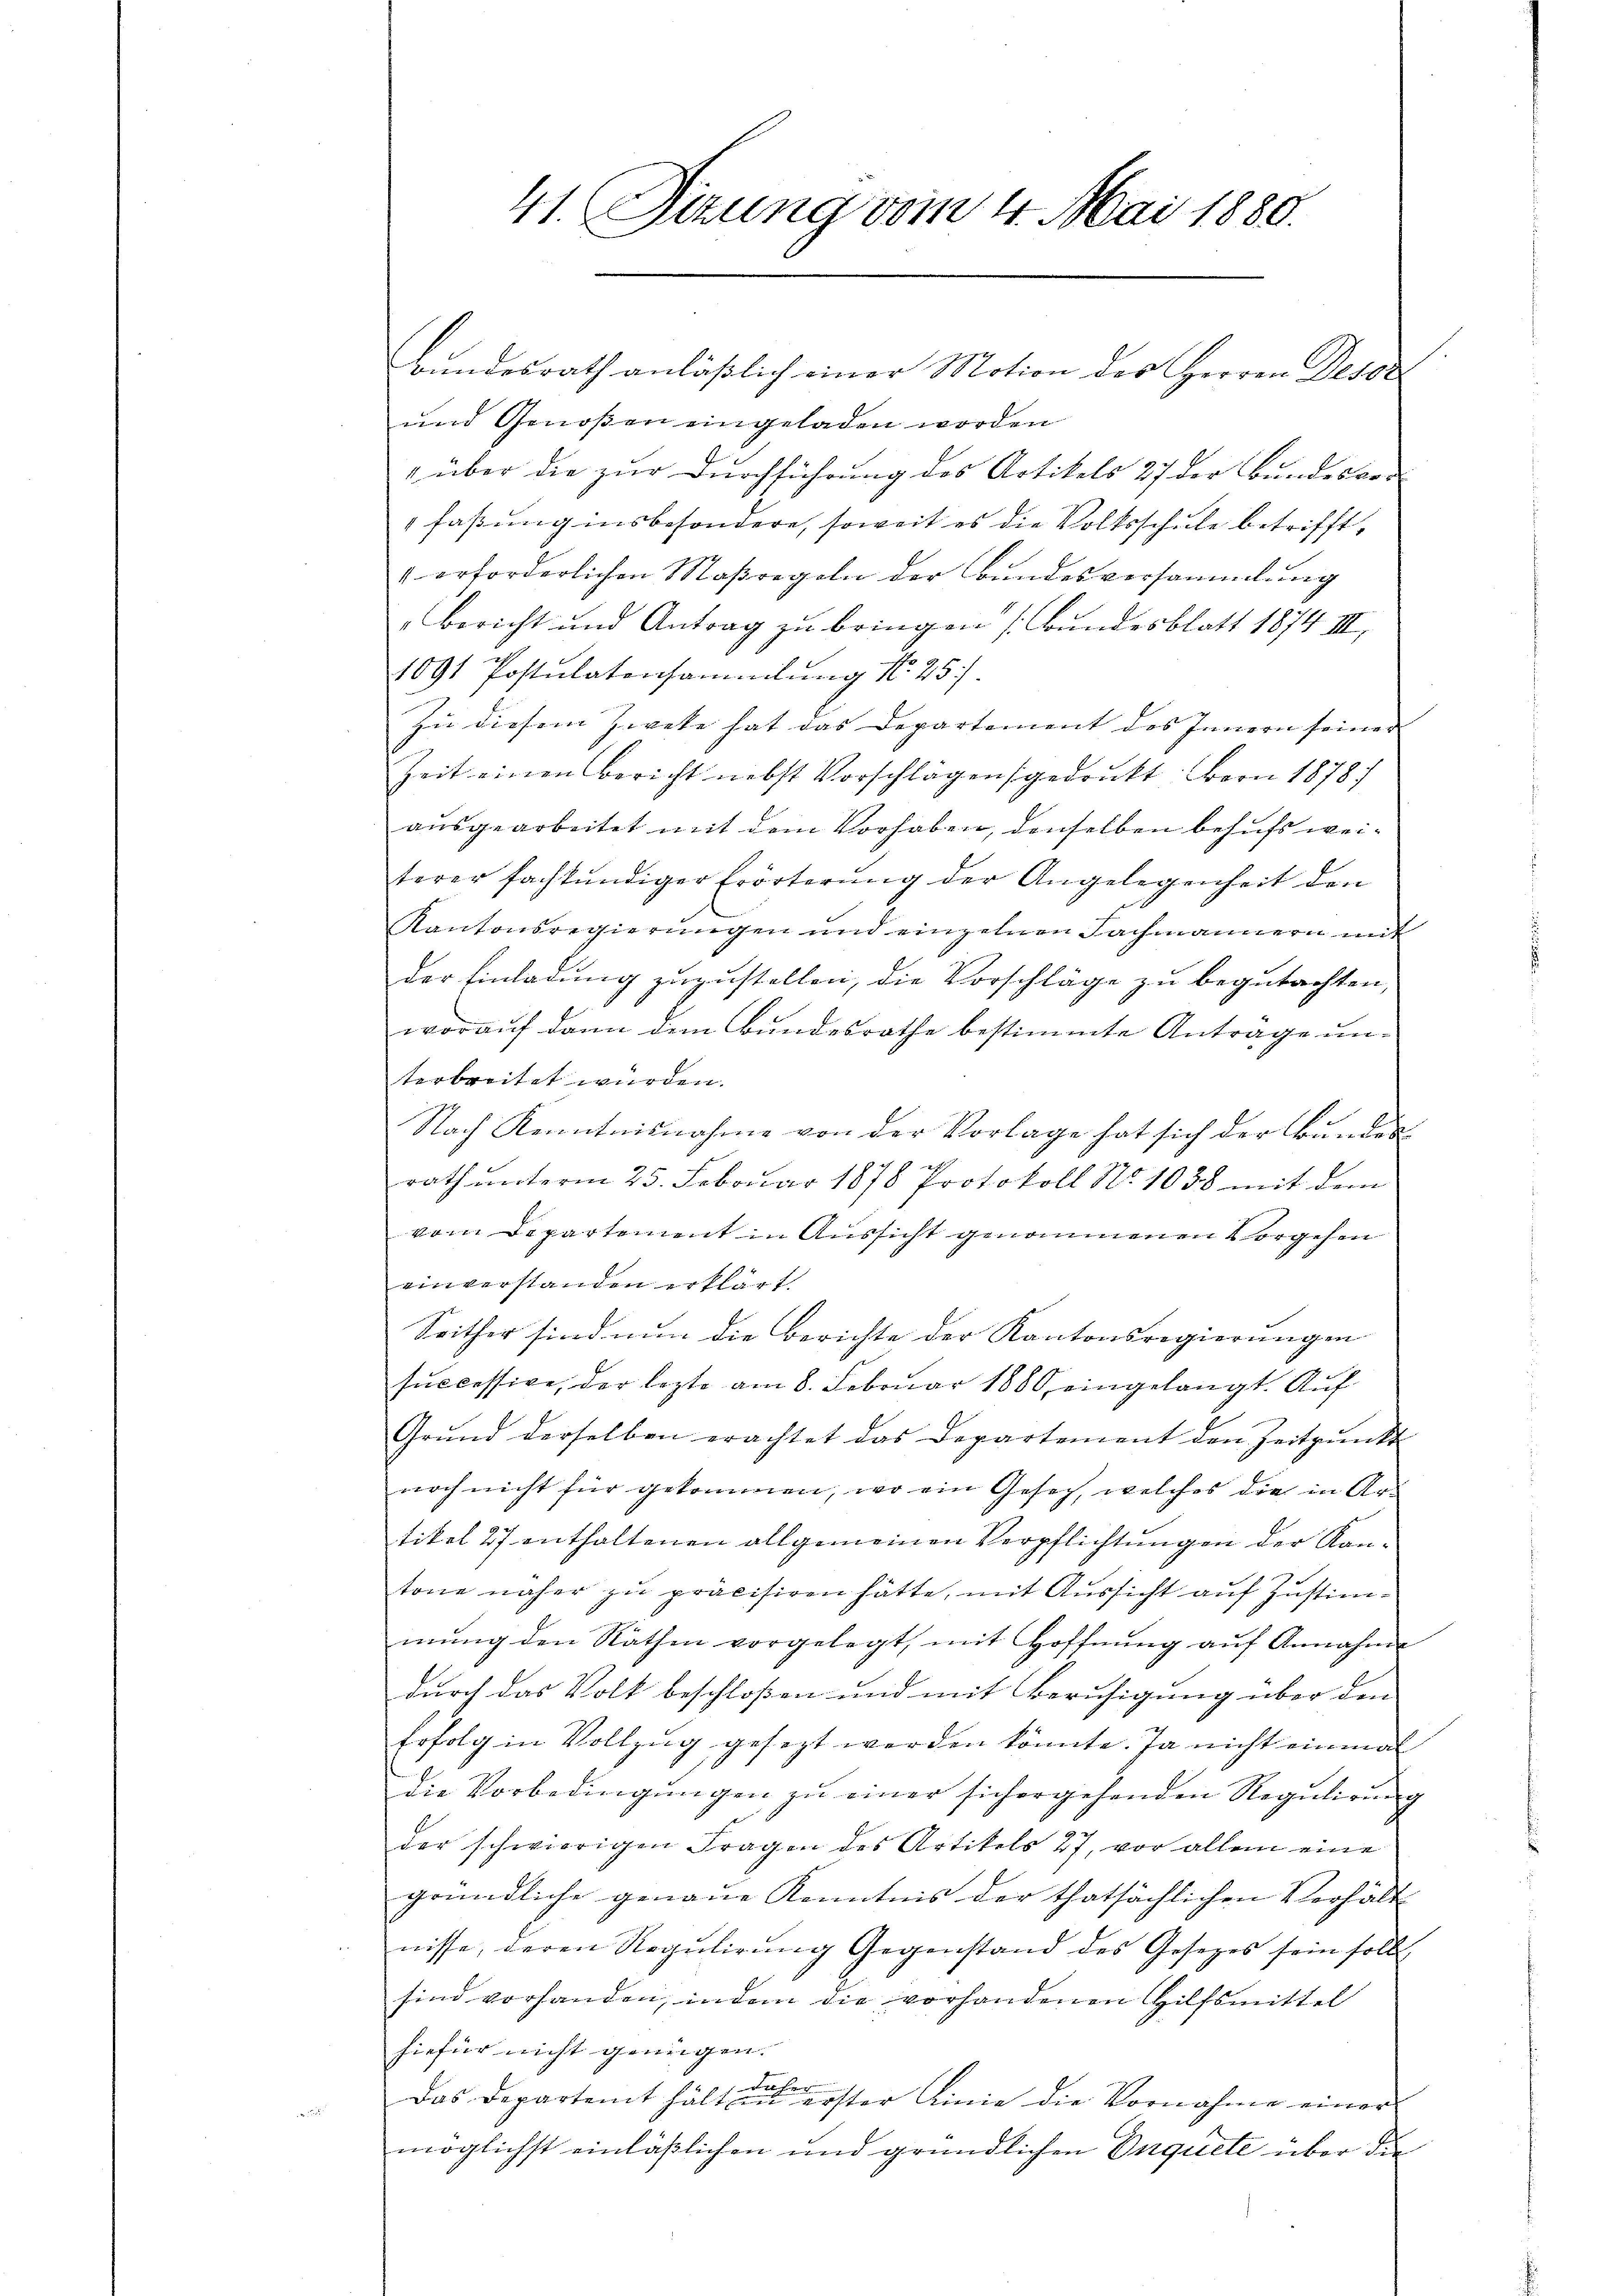
Bundesrath anläßlich einer Motion des Herren Deser
und Genoßen eingeladen worden
" über die zur Durchführung des Artikels 27 der Bundesbefaßung insbesondere, soweit es die Volksschule betrifft,
" erforderlichen Maßregeln der Bŭndesversammlung
Bericht und Antrag zŭ bringen (Bundesblatt 1874 III,
1091 Postulatensammlung Nr. 25.
Zu diesem Zweke hat das Departement des Innern seiner
Zeit einen Bericht nebst Vorschlägen gedankt. Bern 1878
ausgearbeitet mit dem Vorhaben, denselben behufs weiterer fachkundiger Erörterung der Angelegenheit den
Kantonsregierungen und einzelnen Fachmännern mit
der Einladung zuzustellen, die Vorschläge zu begutachten,
worauf dann dem Bundesrathe bestimmte Antrage un-
terbreitet würden.
Nach Kenntnisnahme von der Vorlage hat sich der Bunden
rath unterm 25. Februar 1878 Protokoll No 1038 mit dem
vom Departement in Aussicht genommenen Vorgehen
einverstanden erklärt.
Seither sind nun die Berichte der Kantonsregierungen
successive, der lezte am 8. Februar 1880 eingelangt. Auf
Grŭnd derselben erachtet das Departement den Zeitpunkt
noch nicht für gekommen, wo ein Gesich, welches die in Artikel 27 enthaltenen allgemeinen Verpflichtungen der Kan-
tone näher zu präcisiren hätte, mit Aussicht auf Zustimmŭng den Räthen vorgelegt, mit Hoffnŭng aŭf Annahme
durch das Volk beschloßen und mit Beruhigung über den
Erfolg in Vollzŭg gesezt werden könnte. Ja nicht einmal
die Vorbedingŭngen zŭ einer sich ergehenden Regŭlirŭng
der schwierigen Fragen des Artikels 27, vor allem eine
gründliche genaue Kenntnis der thatsächlichen Verhält
nisse, deren Regulirung Gegenstand des Gesetzes sein soll
sind vorhanden, indem die vorhandenen Hilfsmittel
hiefür nicht genügen.
Sache
Das Departemt hälten erster Linie die Vornahme einer
möglichst einläßlichen und gründlichen Enquete über die

41. Sizung vom 4. Mai 1880.